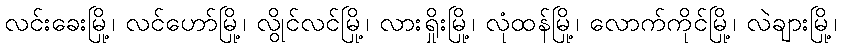
လင်းခေးမြို့၊ လင်ဟော်မြို့၊ လွိုင်လင်မြို့၊ လားရှိုးမြို့၊ လုံထန်မြို့၊ လောက်ကိုင်မြို့၊ လဲချားမြို့၊